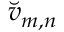
\breve { v } _ { m , n }